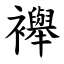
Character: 襷